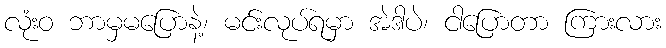
လုံးဝ ဘာမှမပြောနဲ့၊ မင်းလုပ်ရမှာ အဲဒါပဲ၊ ငါပြောတာ ကြားလား